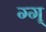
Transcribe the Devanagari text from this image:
ग्ग्